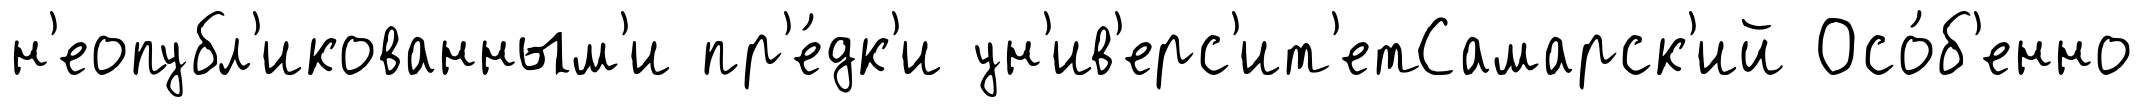
н'еопубл'икованным'и пр'е́дк'и ун'ив'ерс'ит'етСамарск'ий Осо́б'енно